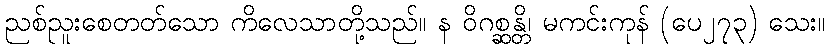
ညစ်ညူးစေတတ်သော ကိလေသာတို့သည်။ န ဝိဂစ္ဆန္တိ၊ မကင်းကုန် (ပေ၂၇၃) သေး။